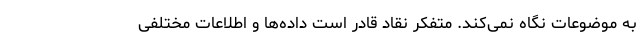
به موضوعات نگاه نمی‌کند. متفکر نقاد قادر است داده‌ها و اطلاعات مختلفی